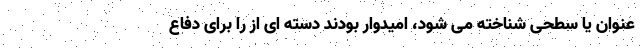
عنوان یا سطحی شناخته می شود، امیدوار بودند دسته ای از را برای دفاع